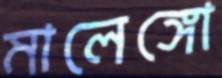
মালেঙ্গো